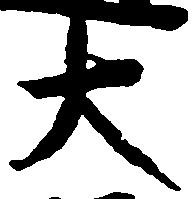
大